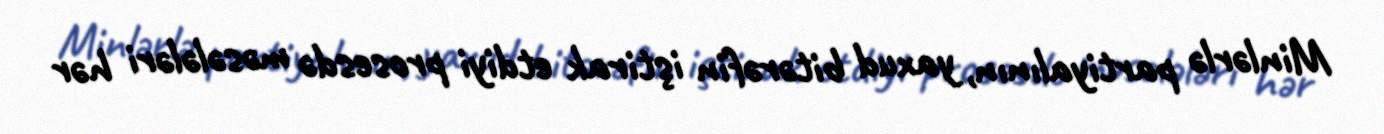
Minlərlə partiyalının, yaxud bitərəfin iştirak etdiyi prosesdə məsələləri hər